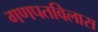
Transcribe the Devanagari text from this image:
गणपतविलास